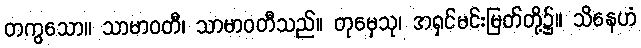
တကွသော။ သာမာဝတီ၊ သာမာဝတီသည်။ တုမှေသု၊ အရှင်မင်းမြတ်တို့၌။ သိနေဟံ